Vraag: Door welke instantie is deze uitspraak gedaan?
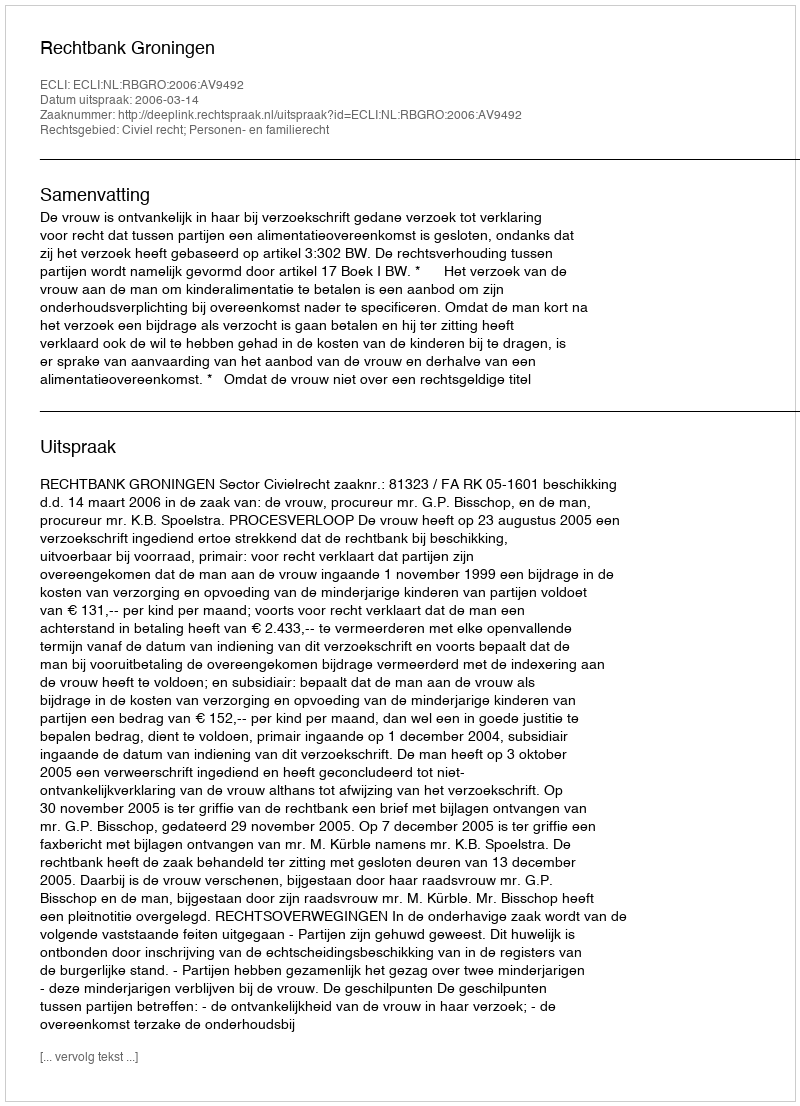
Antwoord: Rechtbank Groningen